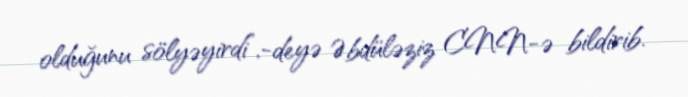
olduğunu sölyəyirdi”,-deyə Əbdüləziz CNN-ə bildirib.